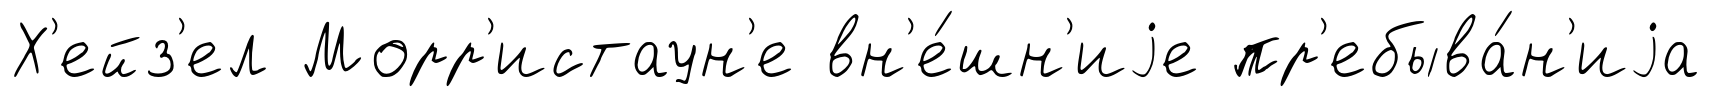
Х'ейз'ел Морр'истаун'е вн'е́шн'иjе пр'ебыва́н'иjа